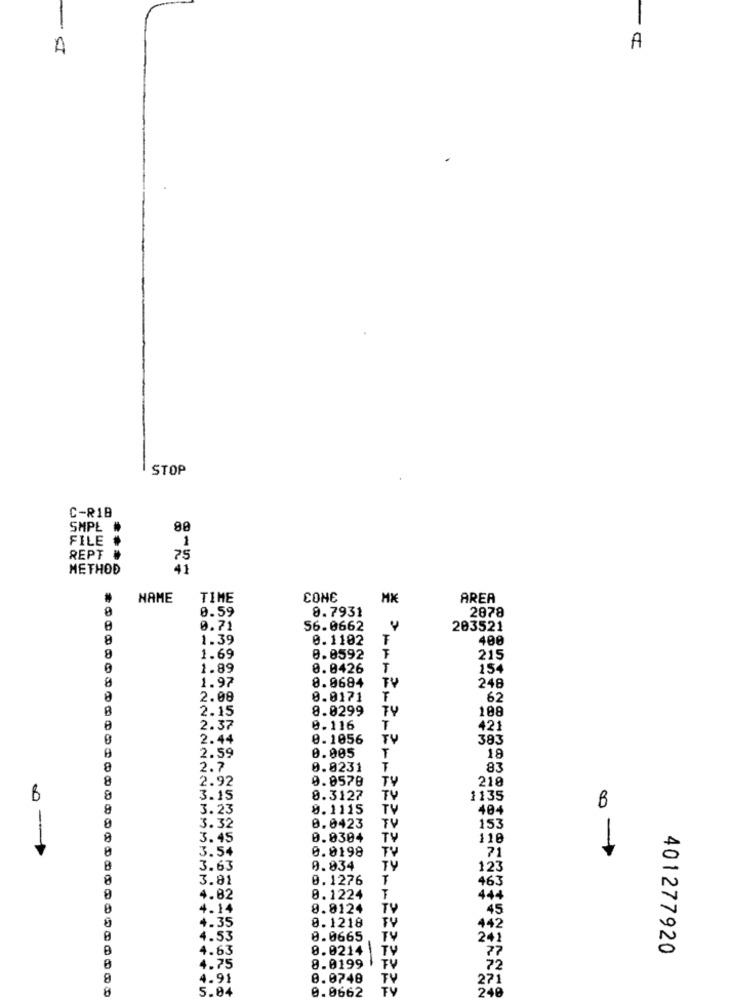
1
A
A
STOP
C-R18
SMPL
FILE
1
REPT #
75
METHOD
41
NAME
TIME
CONE
AREA
0.59
8.7931
2878
0.71
56.0662
203521
8
1.39
0.1102
400
8
1.69
0.8592
215
1.89
0.0426
T
154
8
1.97
8.0684
248
TV
2.08
0.0171
62
8
2.15
8.0299
108
TY
2.37
0.116
T
421
2.44
0.1056
TV
383
2.59
0.005
T
18
2.7
0.8231
T
83
8
2.92
0.0578
TV
218
0
8
3.15
8.3127
TV
1135
B
8
3.23
0.1115
TV
404
3.32
0.0423
TV
153
8
3.45
0.0304
TV
110
-
3.54
0.0198
TV
71
B
3.63
0.834
TY
123
8
3.81
0.1276
T
463
4.82
0.1224
T
444
4.14
8.0124
TV
45
0.1218
TV
4.35
442
4.53
8.0665
TY
241
4.63
8.0214
TV
77
401277920
8.0199
4.75
TV
72
8
4.91
0.0748
5.04
0.0662
246
27